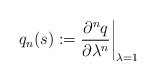
\begin{align*}q_n(s):= {\partial^n q\over \partial\lambda^n}\biggr\vert_{\lambda=1}\end{align*}